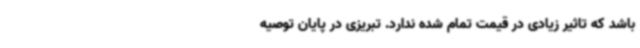
باشد که تاثیر زیادی در قیمت تمام شده ندارد. تبریزی در پایان توصیه